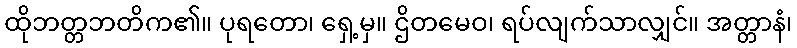
ထိုဘတ္တဘတိက၏။ ပုရတော၊ ရှေ့မှ။ ဌိတမေဝ၊ ရပ်လျက်သာလျှင်။ အတ္တာနံ၊